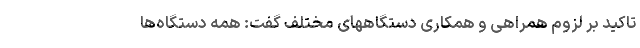
تاکید بر لزوم همراهی و همکاری دستگاههای مختلف گفت: همه دستگاه‌ها